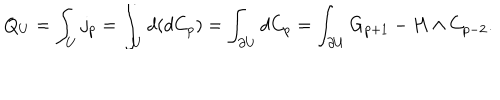
Q _ { U } = \int _ { U } j _ { p } = \int _ { U } d ( d C _ { p } ) = \int _ { \partial U } d C _ { p } = \int _ { \partial U } G _ { p + 1 } - H \wedge C _ { p - 2 } .